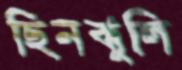
ছিনঝুলি